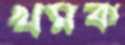
খমক